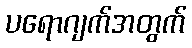
ပရောဂျက်အတွက်